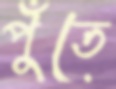
পুঁতে